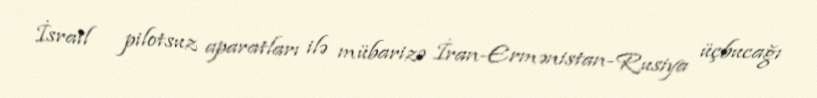
İsrail pilotsuz aparatları ilə mübarizə İran-Ermənistan-Rusiya üçbucağı